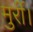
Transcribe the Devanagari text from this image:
मुर्री।